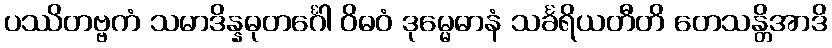
ပဿိတဗ္ဗကံ သမာဒိန္နဓုတင်္ဂေါ ဝိဓဝံ ဒုမ္မေဓာနံ သင်္ခရိယတီတိ တေသန္တိအာဒိ